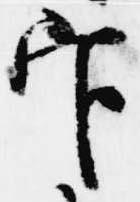
官